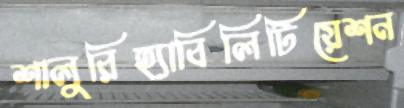
শালুরিহ্যাবিলিটিয়েশন